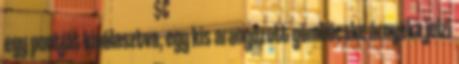
egy pontját kiválasztva, egy kis aranyozott gömböcske árnyéka jelzi